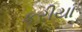
કરીયા